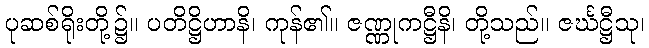
ပုဆစ်ရိုးတို့၌။ ပတိဋ္ဌိဟာနိ၊ ကုန်၏။ ဇဏ္ဏုကဋ္ဌီနိ၊ တို့သည်။ ဇင်္ဃဋ္ဌီသု၊